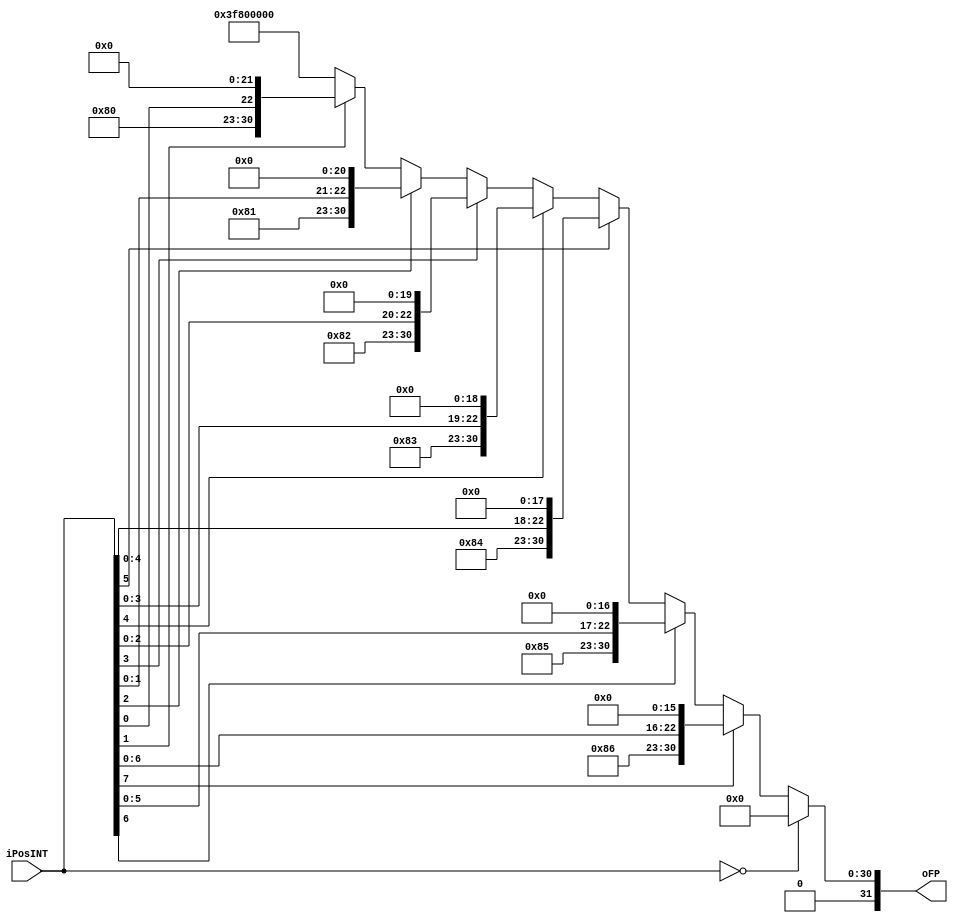
module POS_INT2FP(

	input [7:0] iPosINT,
	output [31:0] oFP
);

	assign oFP = (iPosINT == 8'h00)? 32'h00000000 :
					 (iPosINT[7])? {1'b0,8'h86,iPosINT[6:0],16'h0000} :
					 (iPosINT[6])? {1'b0,8'h85,iPosINT[5:0],17'h00000} :
					 (iPosINT[5])? {1'b0,8'h84,iPosINT[4:0],18'h00000} :
					 (iPosINT[4])? {1'b0,8'h83,iPosINT[3:0],19'h00000} :
					 (iPosINT[3])? {1'b0,8'h82,iPosINT[2:0],20'h00000} :
					 (iPosINT[2])? {1'b0,8'h81,iPosINT[1:0],21'h000000} :
					 (iPosINT[1])? {1'b0,8'h80,iPosINT[0],22'h000000} :
					 {1'b0,8'h7f,23'h000000};

endmodule